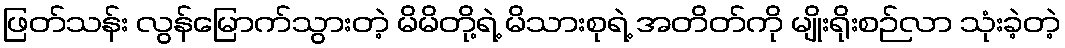
ဖြတ်သန်း လွန်မြောက်သွားတဲ့ မိမိတို့ရဲ့ မိသားစုရဲ့ အတိတ်ကို မျိုးရိုးစဉ်လာ သုံးခဲ့တဲ့